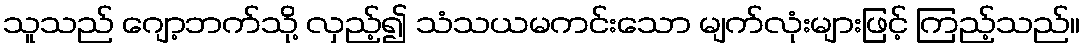
သူသည် ဂျော့ဘက်သို့ လှည့်၍ သံသယမကင်းသော မျက်လုံးများဖြင့် ကြည့်သည်။